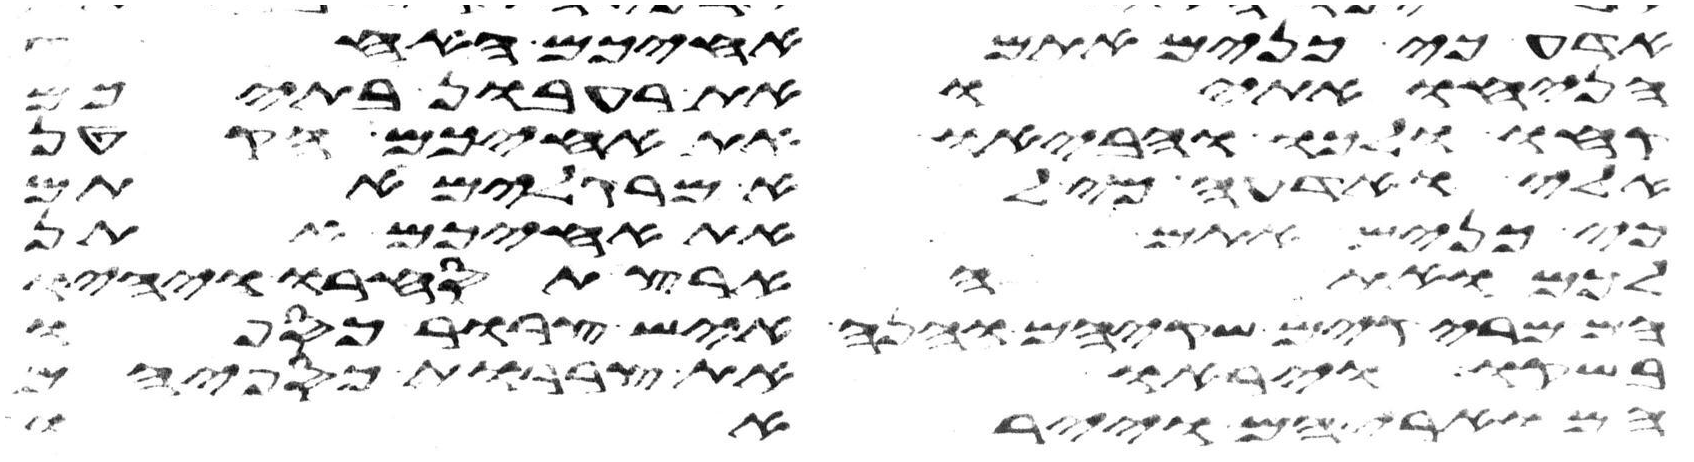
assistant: אדע כי כנים אתם אחיכם האחד
הניחו אתי ואת רעבון בתיכם
קחו ולכו והביאו את אחיכם הקטן
אלי ואדעה כי לא מרגלים אתם
כי כנים אתם את אחיכם אתן
לכם ואת הארץ תסחרו ויהיו
מריקים שקיהם והנה איש צרור כספו
בשקו ויראו את צררות כספיהם
הארץ ויראו